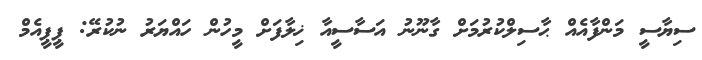
ސިޔާސީ މަންފާއެއް ޙާސިލްކުރުމަށް ގާނޫނު އަސާސީއާ ޚިލާފަށް މީހުން ހައްޔަރު ނުކުރޭ: ޕީޕީއެމް